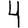
Digit: 4